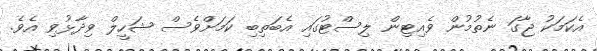
އެކަމަކު ޖާގަ ނެތުމުން ވެއިޓިން ލިސްޓުގައި އެބަތިބި ކަމަށްވެސް ޝަހީލް ވިދާޅުވި އެވެ.